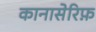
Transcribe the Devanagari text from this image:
कानासेरिफ़